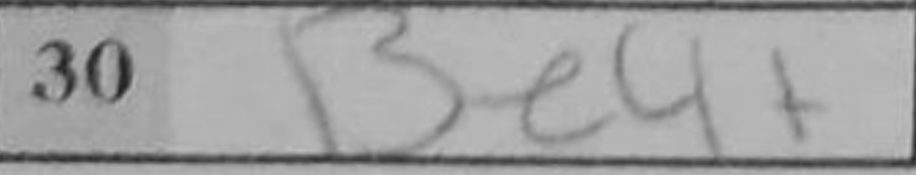
Transcription: Be4+